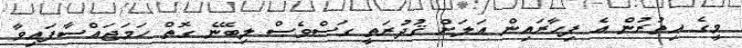
މީގެ އިތުރުން އެ ފިހާރައިން އަލަށް ޤުދުރަތީ ގަސްވެސް ލިބޭނެ ގޮތް ހަމަޖައްސާފައިވާ